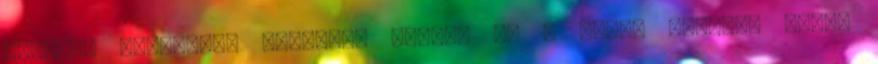
őszinte mosollyal beszélek róluk, és a báyám mosolya pedig